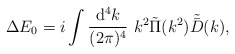
\begin{align*}\Delta E_{0}= i\int{{\rm d}^{4}k\over (2\pi)^{4}}\ k^{2}\tilde{\Pi}(k^{2})\tilde{\bar{D}}(k),\end{align*}